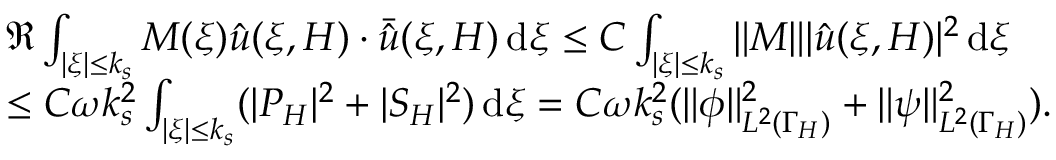
\begin{array} { r l } & { \Re \int _ { | \xi | \le k _ { s } } M ( \xi ) \hat { u } ( \xi , H ) \cdot \bar { \hat { u } } ( \xi , H ) \, \mathrm { d } \xi \le C \int _ { | \xi | \le k _ { s } } \| M \| | \hat { u } ( \xi , H ) | ^ { 2 } \, \mathrm { d } \xi } \\ & { \le C \omega k _ { s } ^ { 2 } \int _ { | \xi | \le k _ { s } } ( | P _ { H } | ^ { 2 } + | S _ { H } | ^ { 2 } ) \, \mathrm { d } \xi = C \omega k _ { s } ^ { 2 } ( \| \phi \| _ { L ^ { 2 } ( \Gamma _ { H } ) } ^ { 2 } + \| \psi \| _ { L ^ { 2 } ( \Gamma _ { H } ) } ^ { 2 } ) . } \end{array}